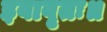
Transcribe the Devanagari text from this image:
इवावृतः॥